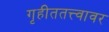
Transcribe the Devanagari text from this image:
गृहीततत्त्वावर